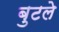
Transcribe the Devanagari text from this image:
बुटले